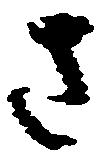
さ